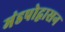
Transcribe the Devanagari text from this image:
मंडपोद्वासन